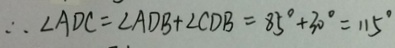
\therefore \angle A D C = \angle A D B + \angle C D B = 8 5 ^ { \circ } + 3 0 ^ { \circ } = 1 1 5 ^ { \circ }